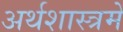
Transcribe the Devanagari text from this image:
अर्थशास्त्रमें